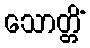
သောတ္တိံ